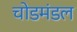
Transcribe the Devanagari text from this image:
चोडमंडल